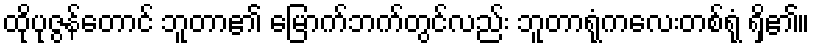
ထိုပုဇွန်တောင် ဘူတာ၏ မြောက်ဘက်တွင်လည်း ဘူတာရုံကလေးတစ်ရုံ ရှိ၏။